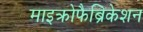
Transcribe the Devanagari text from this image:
माइक्रोफैब्रिकेशन